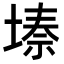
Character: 𭏌